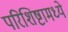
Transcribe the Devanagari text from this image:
परिशिष्टामध्ये